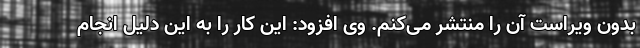
بدون ویراست آن را منتشر می‌کنم. وی افزود: این کار را به این دلیل انجام